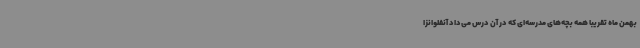
بهمن ماه تقریباً همه بچه‌های مدرسه‌ای که در آن درس می‌داد آنفلوانزا